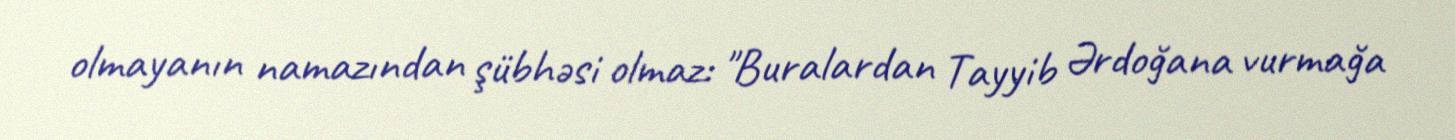
olmayanın namazından şübhəsi olmaz: "Buralardan Tayyib Ərdoğana vurmağa